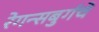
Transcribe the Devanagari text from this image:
रेगन्सबुर्गचे